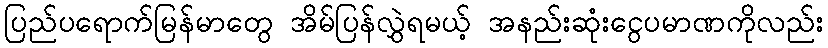
ပြည်ပရောက်မြန်မာတွေ အိမ်ပြန်လွှဲရမယ့် အနည်းဆုံးငွေပမာဏကိုလည်း